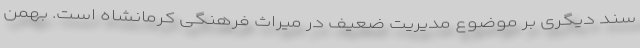
سند دیگری بر موضوع مدیریت ضعیف در میراث فرهنگی کرمانشاه است. بهمن